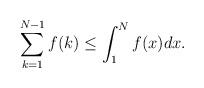
LaTeX: \begin{align*} \sum_{k=1}^{N-1} f(k)\leq \int_{1}^N f(x)dx.\end{align*}